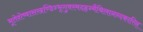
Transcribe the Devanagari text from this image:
भूतेशेष्वासखण्डिन्भृगुवरमदहृन्मैथिलानन्दकारिन्